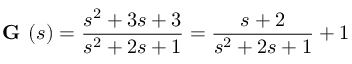
{ \textbf { G } } ( s ) = { \frac { s ^ { 2 } + 3 s + 3 } { s ^ { 2 } + 2 s + 1 } } = { \frac { s + 2 } { s ^ { 2 } + 2 s + 1 } } + 1